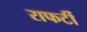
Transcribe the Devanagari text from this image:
राफर्टी